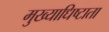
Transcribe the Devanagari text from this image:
मुख्याधिष्टाता